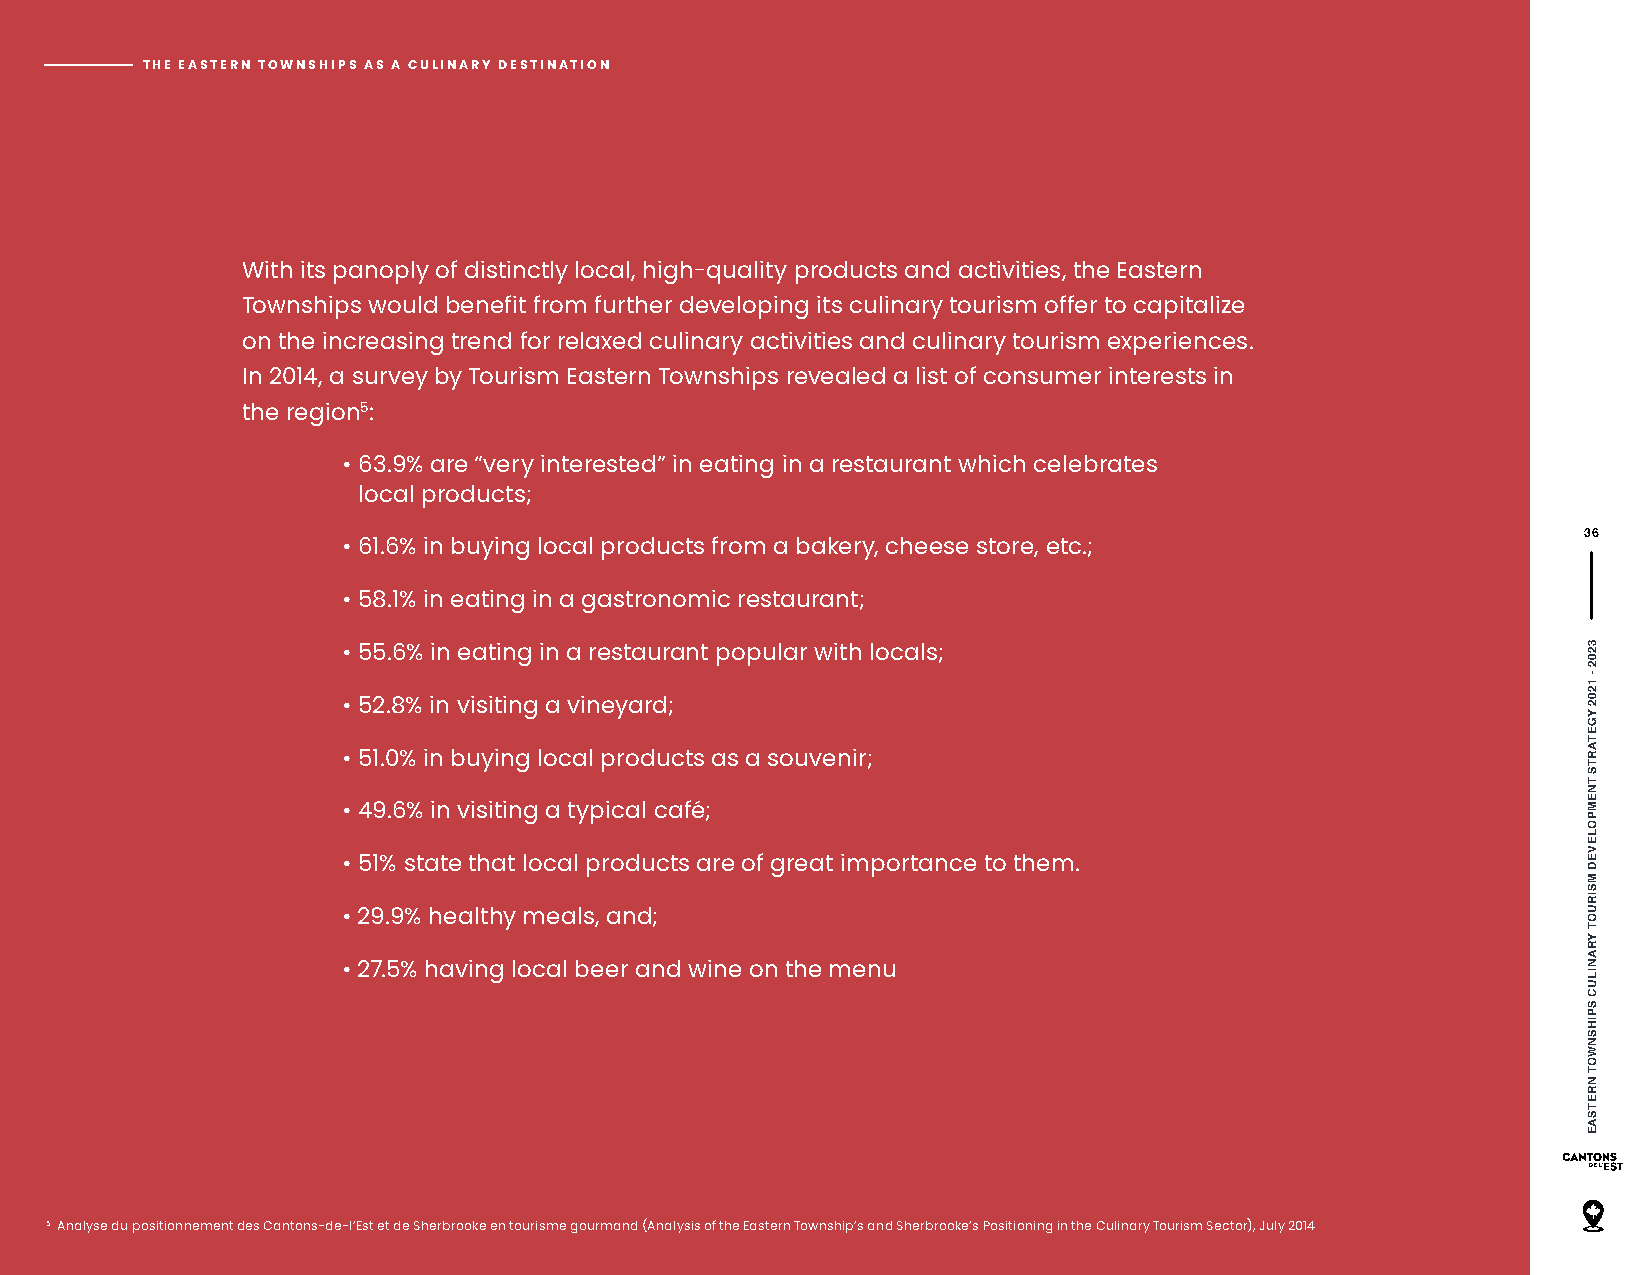
THE EASTERN TOWNSHIPS AS A CULINARY DESTINATION
 With its panoply of distinctly local, high-quality products and activities, the Eastern
 Townships would benefit from further developing its culinary tourism offer to capitalize
 on the increasing trend for relaxed culinary activities and culinary tourism experiences.
 In 2014, a survey by Tourism Eastern Townships revealed a list of consumer interests in
 the region5:
 • 63.9% are “very interested” in eating in a restaurant which celebrates
 local products;
 36
 • 61.6% in buying local products from a bakery, cheese store, etc.;
 • 58.1% in eating in a gastronomic restaurant;
 • 55.6% in eating in a restaurant popular with locals;
 • 52.8% in visiting a vineyard;
 • 51.0% in buying local products as a souvenir;
 • 49.6% in visiting a typical café;
 • 51% state that local products are of great importance to them.
 • 29.9% healthy meals, and;
 • 27.5% having local beer and wine on the menu
 5 Analyse du positionnement des Cantons-de-l’Est et de Sherbrooke en tourisme gourmand (Analysis of the Eastern Township’s and Sherbrooke’s Positioning in the Culinary Tourism Sector), July 2014
 3202
 -
 1202
 YGETARTS
 TNEMPOLEVED
 MSIRUOT
 YRANILUC
 SPIHSNWOT
 NRETSAE